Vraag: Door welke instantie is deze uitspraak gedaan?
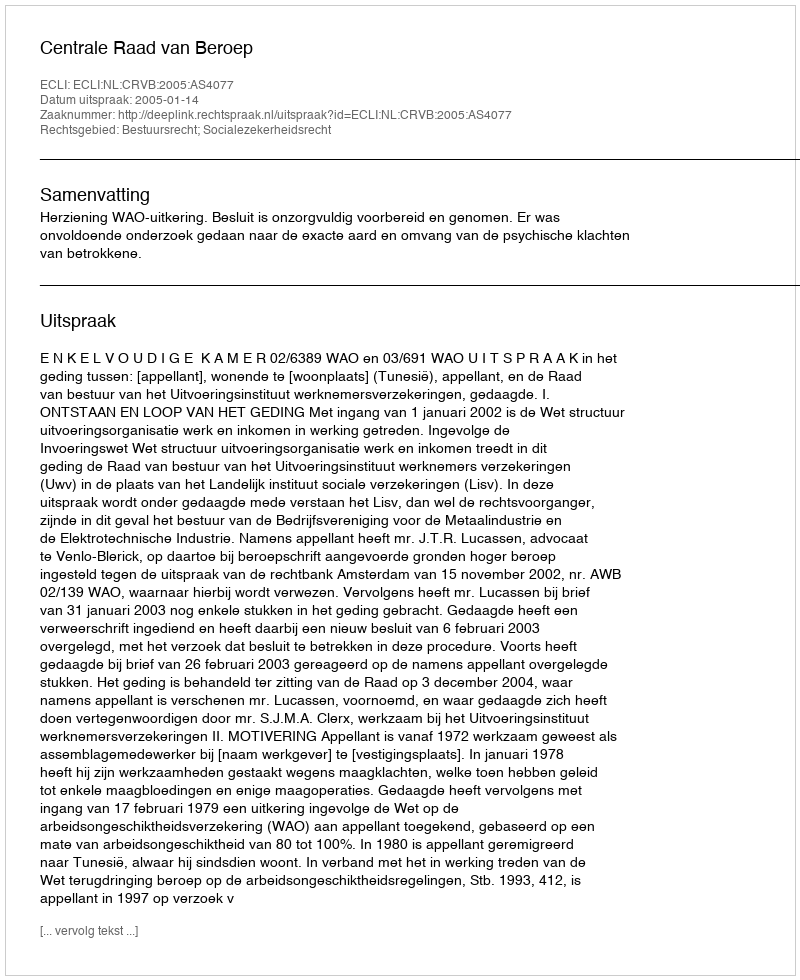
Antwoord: Centrale Raad van Beroep